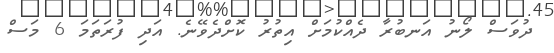
ދުވަސް ލޯނު އަނބުރާ ދެއްކުމަށް އިތުރު ކޮށްދެވޭނެ. އަދި ފުރަތަމަ 6 މަސް